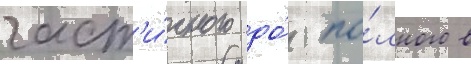
част'и́чного до́ по́лного в